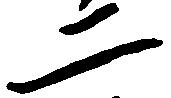
二